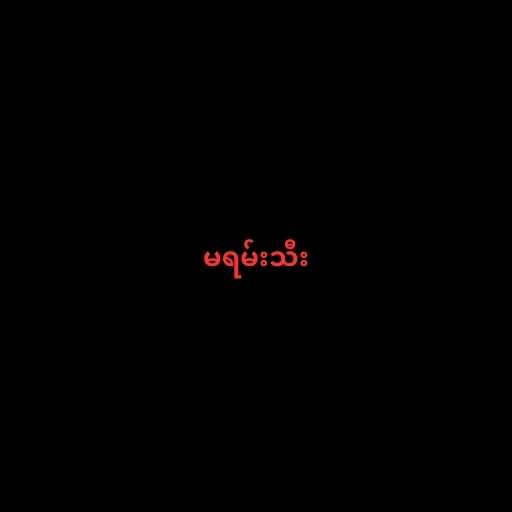
မရမ်းသီး